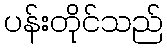
ပန်းတိုင်သည်